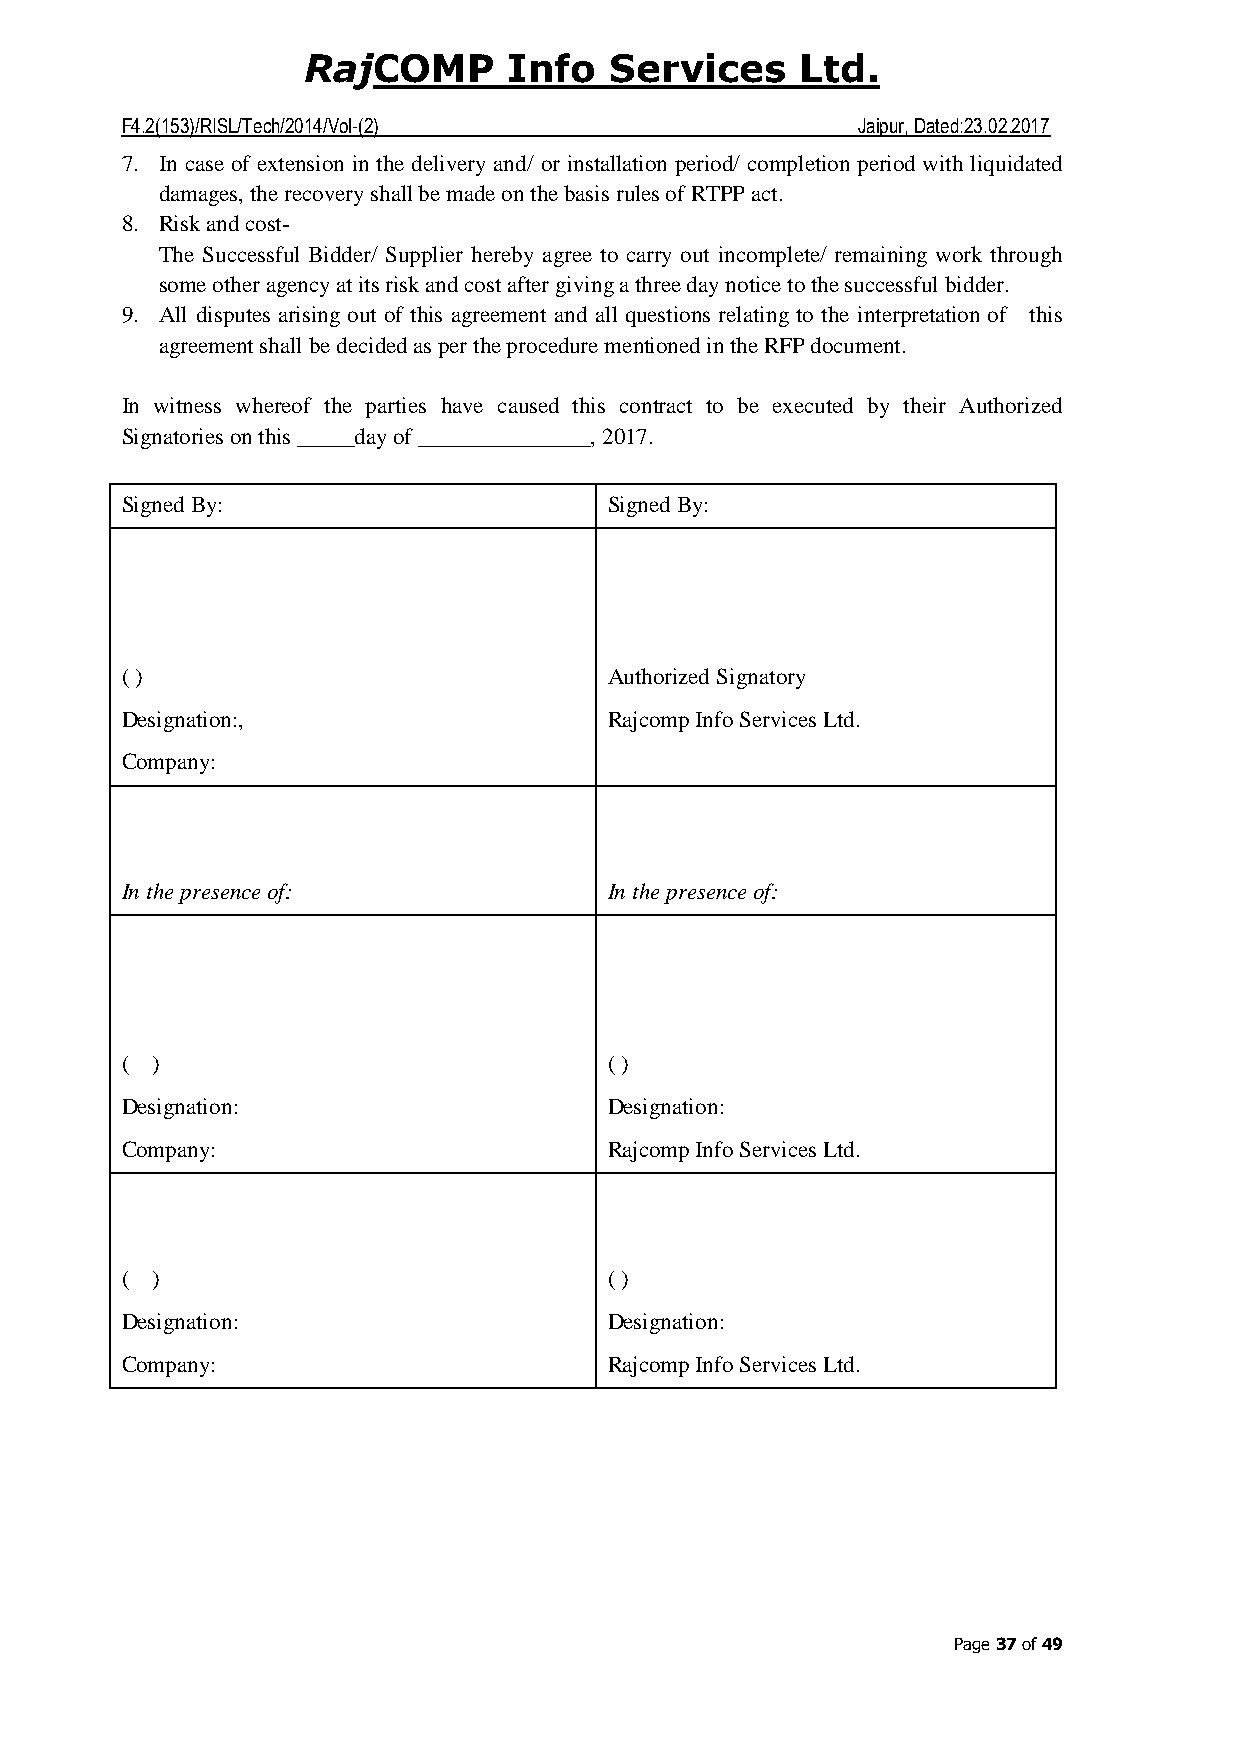
COMP     Info  Services     Ltd.
 Raj
 F4.2(153)/RISL/Tech/2014/Vol-(2)                 Jaipur, Dated:23.02.2017
 7. In case of extension in the delivery and/ or installation period/ completion period with liquidated
 damages, the recovery shall be made on the basis rules of RTPP act.
 8. Risk and cost-
 The Successful Bidder/ Supplier hereby agree to carry out incomplete/ remaining work through
 some other agency at its risk and cost after giving a three day notice to the successful bidder.
 9. All disputes arising out of this agreement and all questions relating to the interpretation of this
 agreement shall be decided as per the procedure mentioned in the RFP document.
 In witness whereof the parties have caused this contract to be executed by their Authorized
 Signatories on this _____day of _______________, 2017.
 Signed By:                      Signed By:
 ( )                             Authorized Signatory
 Designation:,                   Rajcomp Info Services Ltd.
 Company:
 In the presence of:             In the presence of:
 ( )                             ( )
 Designation:                    Designation:
 Company:                        Rajcomp Info Services Ltd.
 ( )                             ( )
 Designation:                    Designation:
 Company:                        Rajcomp Info Services Ltd.
 Page 37 of 49